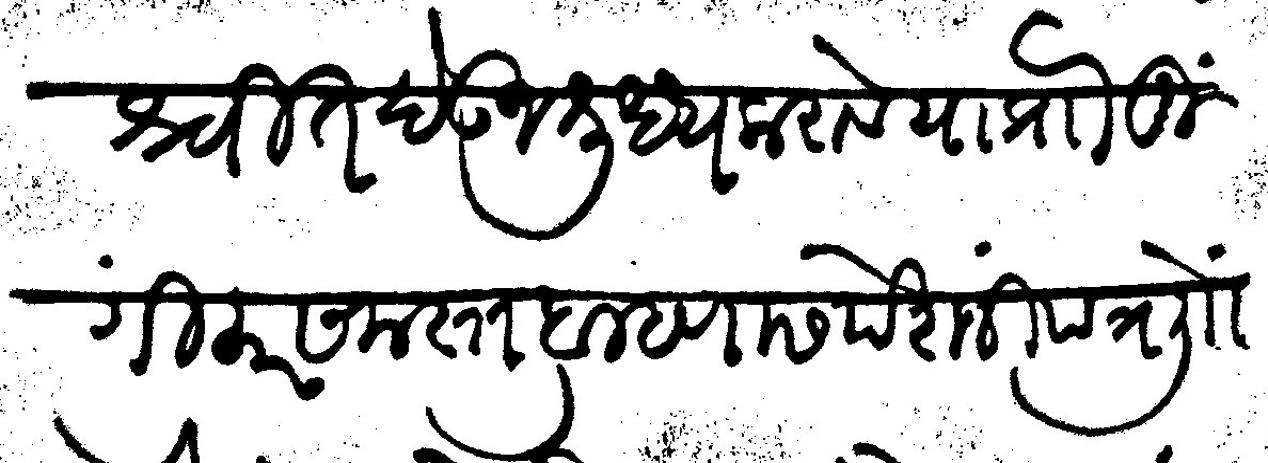
Transliteration (Devanagari): प्रायश्चित देऊन शुध्ध करावे याप्रोा मुंगीकर समस्त ब्राम्हणास पेशजीं पत्र लिोां